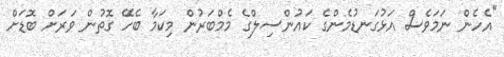
"އެހެން ނަމަވެސް އަޅުގަނޑުމެންގެ ކައުންސިލްގެ މެމްބަރުން މިކަމާ ބެހޭ ގޮތުން ވަރަށް ބޮޑަށް